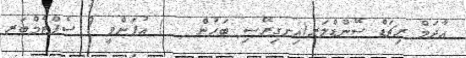
އާދަމް ރިޗަޑް ސޭންޑްލަރ(އިނގިރޭސި ބަހުން   ) އުފަންވީ 9 ސެޕްޓެމްބަރ